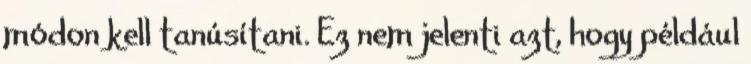
módon kell tanúsítani. Ez nem jelenti azt, hogy például